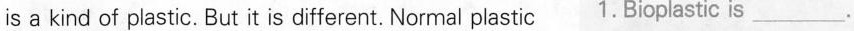
is a kind of plastic. But it is different. Normal plastic 1. Bioplastic is ___.